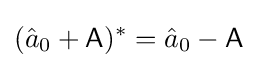
({\hat {a}}_{0}+{\mathsf {A}})^{*}={\hat {a}}_{0}-{\mathsf {A}}